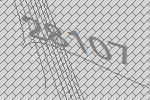
28107